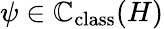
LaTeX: \psi\in\mathbb{C}_{\mathrm{class}}(H)